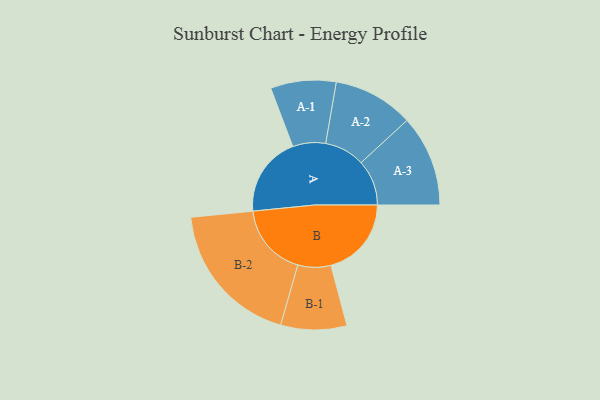
{"axis": {"x": "Segment", "y": "Value"}, "legend": ["", "A", "B"], "data": [{"x": "A", "y": 311, "type": ""}, {"x": "B", "y": 312, "type": ""}, {"x": "A-1", "y": 127, "type": "A"}, {"x": "A-2", "y": 156, "type": "A"}, {"x": "A-3", "y": 177, "type": "A"}, {"x": "B-1", "y": 128, "type": "B"}, {"x": "B-2", "y": 284, "type": "B"}]}